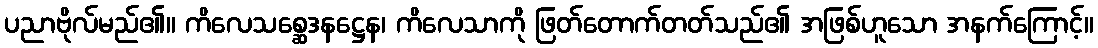
ပညာဗိုလ်မည်၏။ ကိလေသစ္ဆေဒနဋ္ဌေန၊ ကိလေသာကို ဖြတ်တောက်တတ်သည်၏ အဖြစ်ဟူသော အနက်ကြောင့်။